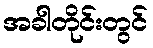
အခါတိုင်းတွင်